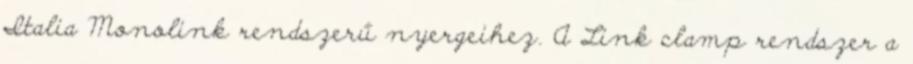
Italia Monolink rendszerű nyergeihez. A Link clamp rendszer a